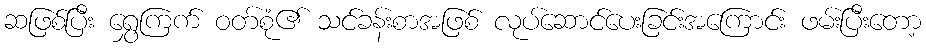
ဆဖြစ်ပြီး ရွှေကြက် ဝတ်စုံ၏ သင်ခန်းစာအဖြစ် လုပ်ဆောင်ပေးခြင်းအကြောင်း ဖမ်းပြီးတော့